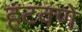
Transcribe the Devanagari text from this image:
हटवणे